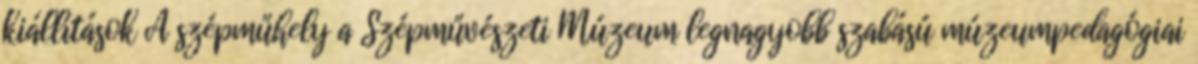
kiállítások A szépműhely a Szépművészeti Múzeum legnagyobb szabású múzeumpedagógiai